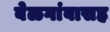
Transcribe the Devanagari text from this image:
बेळगांवासह